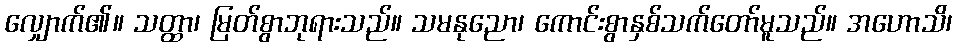
လျှောက်၏။ သတ္ထာ၊ မြတ်စွာဘုရားသည်။ သမနုညော၊ ကောင်းစွာနှစ်သက်တော်မူသည်။ အဟောသိ၊